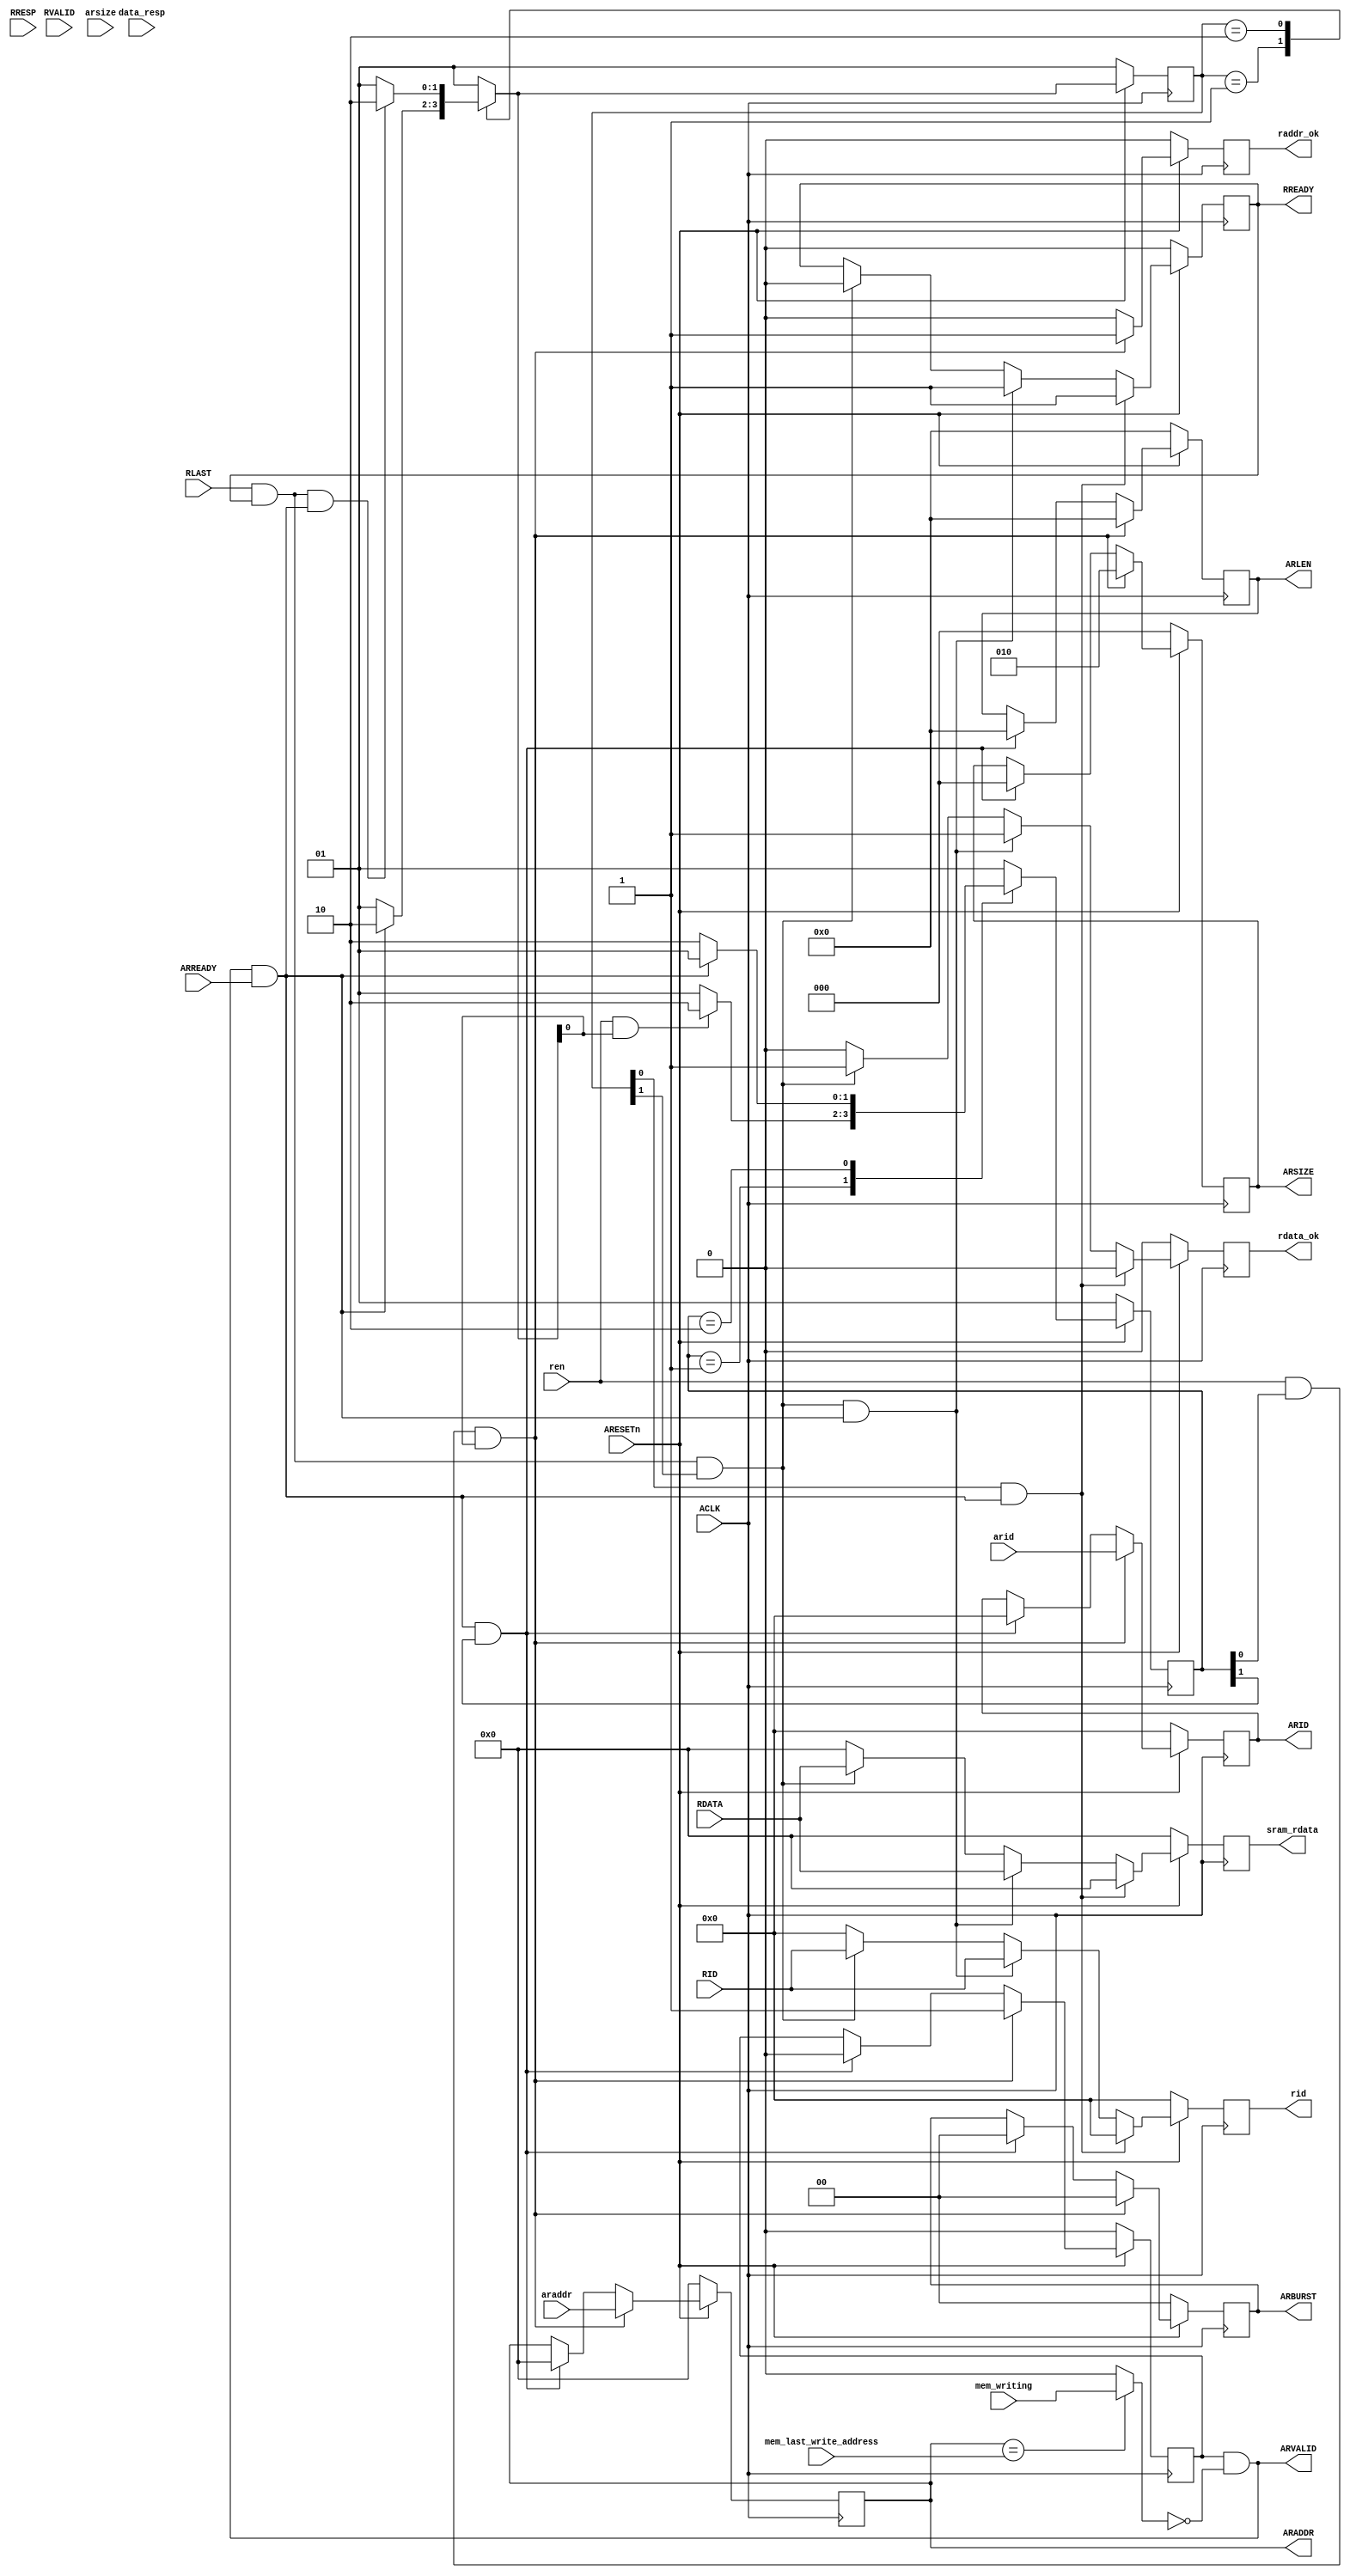
`timescale 1ns / 1ps
//////////////////////////////////////////////////////////////////////////////////
// Company: 
// Engineer: 
// 
// Design Name: 
// Module Name: axi_r_channel
// Project Name: 
// Target Devices: 
// Tool Versions: 
// Description: 
// 
// Dependencies: 
// 
// Revision:
// Revision 0.01 - File Created
// Additional Comments:
// 
//////////////////////////////////////////////////////////////////////////////////

//smaster
module axi_r_channel_master_no_fifo#(
    parameter DATA_WIDTH = 32,
    parameter ADDR_WIDTH = 32,
    parameter ID_WIDTH    = 6,
    parameter STRB_WIDTH  = (DATA_WIDTH/8)    //STRB
)(
    /********* clock & reset *********/
	input                       ACLK,
	input      	                ARESETn,
	/******** AXI ********/
	//address                
	output reg [ADDR_WIDTH-1:0] ARADDR,
	output reg [3:0]            ARLEN,
	output reg [2:0]	        ARSIZE,
	output	reg  [1:0]	        ARBURST,
	output  reg [ID_WIDTH-1:0]   ARID,
	output 	     	            ARVALID,
	input    	                ARREADY,
	//data                
	input      [DATA_WIDTH-1:0]	RDATA,
    input      [1:0]	        RRESP,//can be ignored
	input    	                RLAST,
	input      [ID_WIDTH-1:0]	RID,
	input                       RVALID,
	output 	reg                 RREADY,
	/********** sram **********/
	input			      		mem_writing,
	input 	[ADDR_WIDTH -1:0]  	mem_last_write_address,
    output  reg [DATA_WIDTH-1:0]sram_rdata,
	output	reg [ID_WIDTH-1:0]	rid,
	input    					ren,
	input      [ID_WIDTH-1:0]	arid,
	input      [2:0]			arsize,
	input      [ADDR_WIDTH-1:0] araddr,
    input                       data_resp,
	output 	reg				raddr_ok,
	output 	reg 			rdata_ok
	
	
	
);  

    wire AXI_ADDR_OK;
	wire AXI_DATA_OK;
	wire AXI_DATA_LAST;
	assign AXI_ADDR_OK   = ARVALID && ARREADY;
	assign AXI_DATA_OK   = RVALID && RREADY;
	assign AXI_DATA_LAST = RLAST && RREADY;
	
	wire rom_read_disable;
	assign rom_read_disable = (ARADDR == mem_last_write_address)?mem_writing:1'b0;
	reg ARVALID_reg;
	assign ARVALID = ARVALID_reg && !rom_read_disable;
	
	localparam raddr_state_idle = 2'b01;
	localparam raddr_state_req  = 2'b10;
	// localparam raddr_state_full = 3'b100;

	localparam rdata_state_idle      = 2'b01;
	localparam rdata_state_transfer  = 2'b10;

	
	//address and data channel
	reg [1:0]raddr_state;
	reg [1:0]next_raddr_state;
	
	//response channel
	reg [1:0]rdata_state;
	reg [1:0]next_rdata_state;
	
	
	always@(posedge ACLK)begin
		if(!ARESETn)begin
			raddr_state <= raddr_state_idle;
			rdata_state <= rdata_state_idle;
		end
		else begin
			raddr_state <= next_raddr_state;
			rdata_state <= next_rdata_state;
		end
	end

	//read req fsm
	always@(*)begin
		case(raddr_state)
			//receive req
			raddr_state_idle:begin
				if (ren && (next_rdata_state[0]))begin
					next_raddr_state <= raddr_state_req;
				end
				else begin
					next_raddr_state <= raddr_state_idle;
				end
			end
			// req_count[1] = max_req
			raddr_state_req:begin
				if ( AXI_ADDR_OK)begin
					next_raddr_state <= raddr_state_idle;
				end
				else begin
					next_raddr_state <= raddr_state_req;
				end
			end
			//never reach
			default:begin
				next_raddr_state <= raddr_state_idle;
			end
		endcase
	end
	
		
	always@(posedge ACLK)begin
		if(!ARESETn)begin
			ARADDR <= 'd0;
			ARLEN <= 'd0;
			ARSIZE <= 'd0;
			ARBURST <= 'd0;
			ARID <= 'd0;
			ARVALID_reg <= 'd0;
			raddr_ok <= 'd0;
		end
		else if( ren && raddr_state[0] && (next_rdata_state[0])) begin
			ARADDR <= araddr;
			ARLEN <= 'd0;
			ARSIZE <= 3'b010;
			ARBURST <= 'd0;
			ARID <= arid;
			ARVALID_reg <= 1'b1;
			raddr_ok = 1'b1;
		end
		else if(AXI_ADDR_OK && raddr_state[1])begin
			ARADDR <= 'd0;
			ARLEN <= 'd0;
			ARSIZE <= 'd0;
			ARBURST <= 'd0;
			ARID <= 'd0;
			ARVALID_reg <= 'd0;
			raddr_ok <= 'd0;
		end
		else begin
			ARADDR <= ARADDR;
			ARLEN <=  ARLEN;
			ARSIZE <= ARSIZE;
			ARBURST <= ARBURST;
			ARID <= ARID;
			ARVALID_reg <= ARVALID_reg;
			raddr_ok <= 'd0;
		end
	end
	
	
	//read data fsm
	always@(*)begin
		case(rdata_state)
			//receive req
			rdata_state_idle:begin
				if (AXI_ADDR_OK)begin
					next_rdata_state <= rdata_state_transfer;
				end
				else begin
					next_rdata_state <= rdata_state_idle;
				end
			end
			//reqing slave. data channel combines address channel
			rdata_state_transfer:begin
				if ( AXI_DATA_LAST && AXI_ADDR_OK)begin
					next_rdata_state <= rdata_state_transfer;
				end
				//if non last or req > 1, transfer
				else begin
					next_rdata_state <= rdata_state_idle;
				end
			end	
			//never reach
			default:begin
				next_rdata_state <= rdata_state_idle;
			end
		endcase
	end
	
	always@(posedge ACLK)begin
		if(!ARESETn)begin
			RREADY <= 'd0;
			rid <= 'd0;
			sram_rdata <= 'd0;
			rdata_ok  <= 'd0;
		end
		else if( rdata_state[0] && AXI_ADDR_OK)begin
			RREADY <= 1'b1;
			rid <= 'd0;
			sram_rdata <= 'd0;
			rdata_ok  <= 'd0;
		end
		else if( AXI_DATA_LAST && rdata_state[1] && AXI_ADDR_OK) begin
			RREADY <= 1'b1;
			rid <= RID;
			sram_rdata <= RDATA;
			rdata_ok  <= 'd1;
		end
		else if(AXI_DATA_LAST && rdata_state[1])begin
			RREADY <= 1'b0;
			rid <= RID;
			sram_rdata <= RDATA;
			rdata_ok  <= 'd1;
		end
		else begin
			RREADY <= RREADY;
			rid <= 'd0;
			sram_rdata <= 'd0;
			rdata_ok  <= 'd0;
		end
	end
//	assign 	rdata_ok = AXI_DATA_LAST;
endmodule